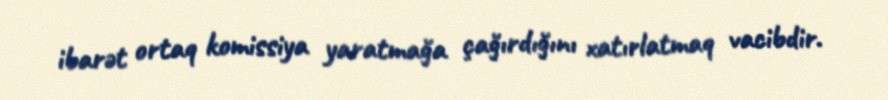
ibarət ortaq komissiya yaratmağa çağırdığını xatırlatmaq vacibdir.